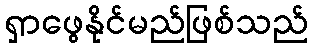
ရှာဖွေနိုင်မည်ဖြစ်သည်